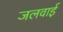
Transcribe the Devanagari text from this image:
जलवाई